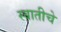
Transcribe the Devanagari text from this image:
स्वातीचे